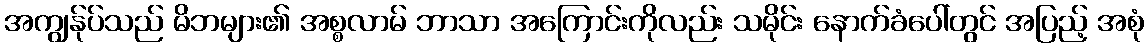
အကျွန်ုပ်သည် မိဘများ၏ အစ္စလာမ် ဘာသာ အကြောင်းကိုလည်း သမိုင်း နောက်ခံပေါ်တွင် အပြည့် အစုံ